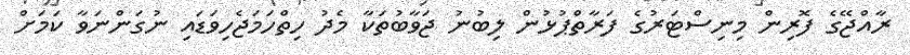
ރާއްޖޭގެ ފޮރިން މިނިސްޓަރުގެ ފަރާތްޕުޅުން ލިބުނު ޖަވާބުތަކާ މެދު ހިތްހަމަޖެހިވަޑައި ނުގަންނަވާ ކަމަށް